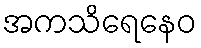
အကသိရေနေဝ